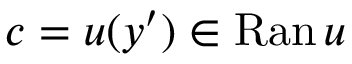
c = u ( y ^ { \prime } ) \in \mathrm { R a n } \, u